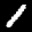
Label: 1